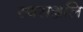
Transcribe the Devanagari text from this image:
स्वराञ्जलि